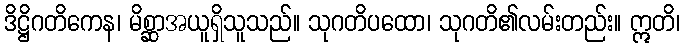
ဒိဋ္ဌိဂတိကေန၊ မိစ္ဆာအယူရှိသူသည်။ သုဂတိပထော၊ သုဂတိ၏လမ်းတည်း။ ဣတိ၊